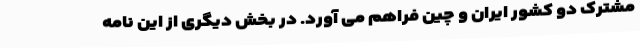
مشترک دو کشور ایران و چین فراهم می آورد. در بخش دیگری از این نامه